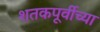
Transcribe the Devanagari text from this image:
शतकपूर्वीच्या